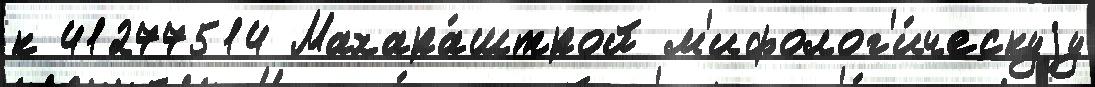
к 41277514 Махара́штрой м'ифолог'и́ческуjу